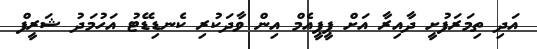
އަދި ތިމަރަފުށީ ދާއިރާ އަށް ޕީޕީއެމް އިން ވާދަކުރި ކެނޑިޑޭޓު އަހުމަދު ޝަރީފް